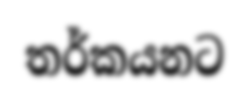
තර්කයනට